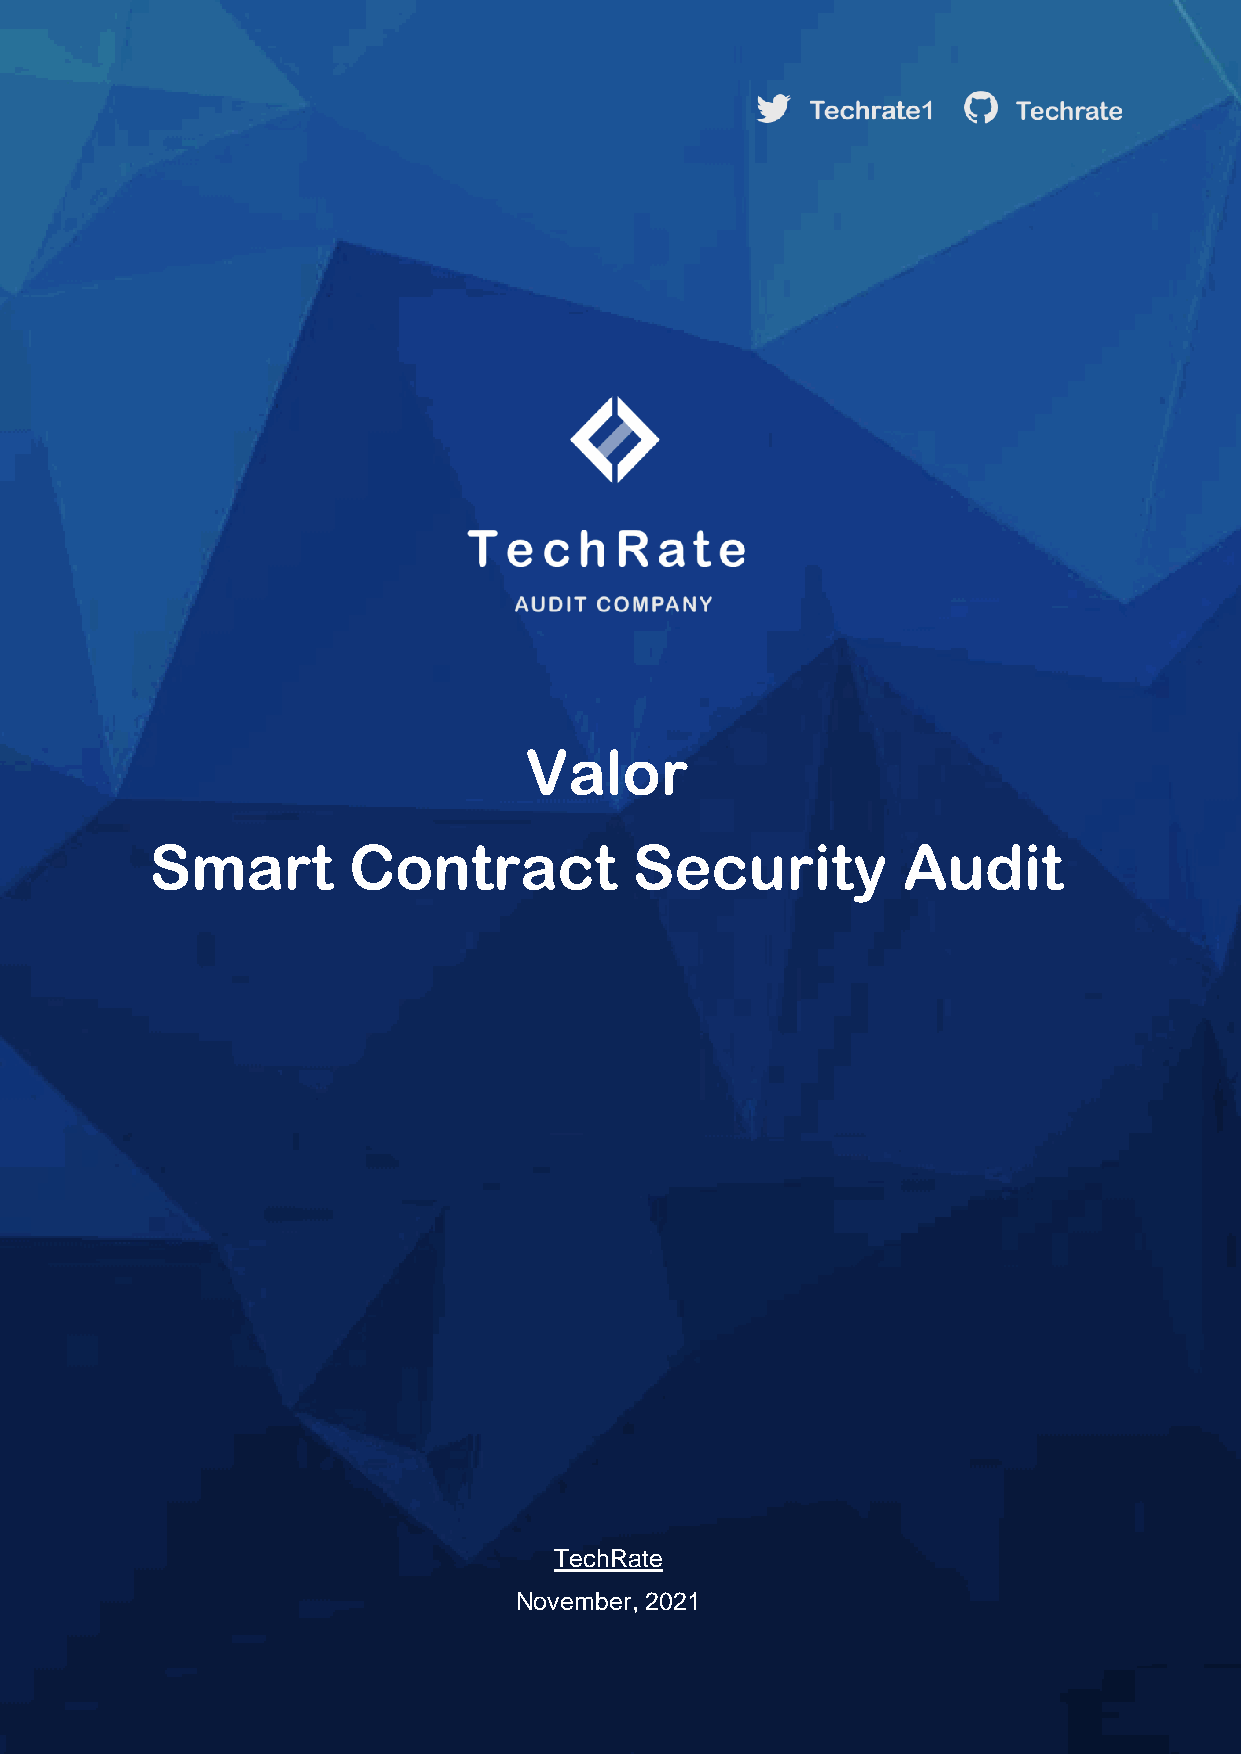
Valor
 Smart        Contract           Security          Audit
 TechRate
 November, 2021